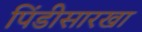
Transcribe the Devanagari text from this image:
पिंडीसारखा